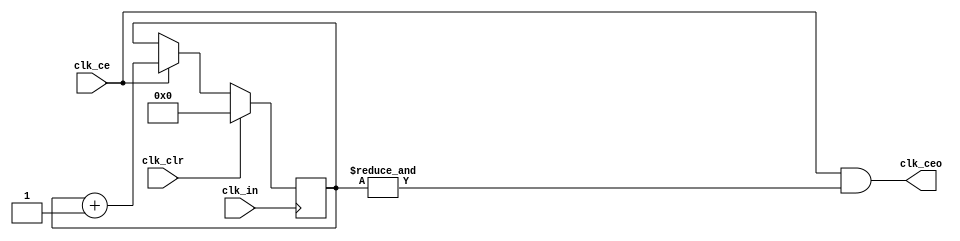
module preskaler(input clk_in,
                 input clk_clr, 
                 input clk_ce, 
                 output clk_ceo);

parameter l_bit = 20;

reg [l_bit - 1:0] divider;

always @(posedge clk_in)
begin
  if (clk_clr)
    divider <= {l_bit{1'b0}};
  else
    if (clk_ce)
      divider <= divider + 1;
end

assign clk_ceo = (clk_ce & (&divider));

endmodule